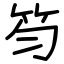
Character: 笉